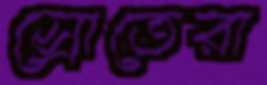
স্রোতেরা